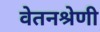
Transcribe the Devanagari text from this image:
वेतनश्रेणी